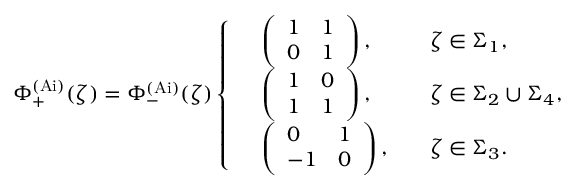
\Phi _ { + } ^ { \mathrm { ( A i ) } } ( \zeta ) = \Phi _ { - } ^ { \mathrm { ( A i ) } } ( \zeta ) \left\{ \begin{array} { r l r l } & { \left( \begin{array} { l l } { 1 } & { 1 } \\ { 0 } & { 1 } \end{array} \right) , } & & { \zeta \in \Sigma _ { 1 } , } \\ & { \left( \begin{array} { l l } { 1 } & { 0 } \\ { 1 } & { 1 } \end{array} \right) , } & & { \zeta \in \Sigma _ { 2 } \cup \Sigma _ { 4 } , } \\ & { \left( \begin{array} { l l } { 0 } & { 1 } \\ { - 1 } & { 0 } \end{array} \right) , } & & { \zeta \in \Sigma _ { 3 } . } \end{array} \right.